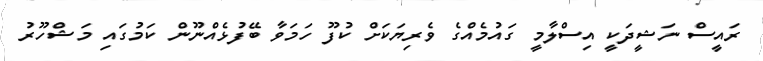
ރައީސް ނަޝީދަކީ އިސްލާމީ ގައުމެއްގެ ވެރިޔަކަށް ކުފޫ ހަމަވާ ބޭފުޅެއްނޫން ކަމުގައި މަޝްހޫރު